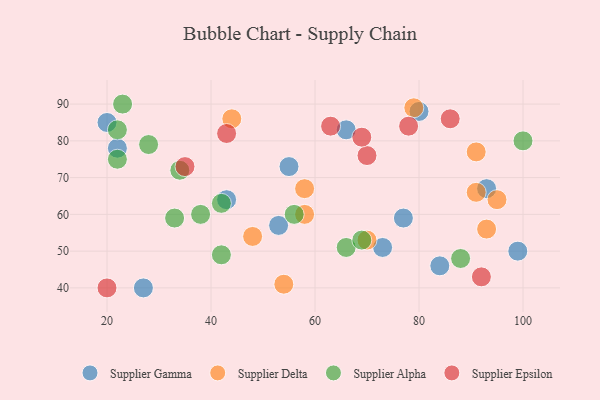
{"axis": {"x": "GDP", "y": "Life Expectancy"}, "legend": ["Supplier Alpha", "Supplier Delta", "Supplier Epsilon", "Supplier Gamma"], "data": [{"x": "27", "y": 40, "type": "Supplier Gamma"}, {"x": "99", "y": 50, "type": "Supplier Gamma"}, {"x": "55", "y": 73, "type": "Supplier Gamma"}, {"x": "84", "y": 46, "type": "Supplier Gamma"}, {"x": "43", "y": 64, "type": "Supplier Gamma"}, {"x": "80", "y": 88, "type": "Supplier Gamma"}, {"x": "93", "y": 67, "type": "Supplier Gamma"}, {"x": "73", "y": 51, "type": "Supplier Gamma"}, {"x": "53", "y": 57, "type": "Supplier Gamma"}, {"x": "22", "y": 78, "type": "Supplier Gamma"}, {"x": "66", "y": 83, "type": "Supplier Gamma"}, {"x": "77", "y": 59, "type": "Supplier Gamma"}, {"x": "20", "y": 85, "type": "Supplier Gamma"}, {"x": "70", "y": 53, "type": "Supplier Delta"}, {"x": "91", "y": 77, "type": "Supplier Delta"}, {"x": "93", "y": 56, "type": "Supplier Delta"}, {"x": "95", "y": 64, "type": "Supplier Delta"}, {"x": "54", "y": 41, "type": "Supplier Delta"}, {"x": "44", "y": 86, "type": "Supplier Delta"}, {"x": "58", "y": 67, "type": "Supplier Delta"}, {"x": "79", "y": 89, "type": "Supplier Delta"}, {"x": "91", "y": 66, "type": "Supplier Delta"}, {"x": "48", "y": 54, "type": "Supplier Delta"}, {"x": "58", "y": 60, "type": "Supplier Delta"}, {"x": "42", "y": 49, "type": "Supplier Alpha"}, {"x": "22", "y": 83, "type": "Supplier Alpha"}, {"x": "66", "y": 51, "type": "Supplier Alpha"}, {"x": "69", "y": 53, "type": "Supplier Alpha"}, {"x": "88", "y": 48, "type": "Supplier Alpha"}, {"x": "100", "y": 80, "type": "Supplier Alpha"}, {"x": "56", "y": 60, "type": "Supplier Alpha"}, {"x": "33", "y": 59, "type": "Supplier Alpha"}, {"x": "28", "y": 79, "type": "Supplier Alpha"}, {"x": "22", "y": 75, "type": "Supplier Alpha"}, {"x": "42", "y": 63, "type": "Supplier Alpha"}, {"x": "23", "y": 90, "type": "Supplier Alpha"}, {"x": "34", "y": 72, "type": "Supplier Alpha"}, {"x": "38", "y": 60, "type": "Supplier Alpha"}, {"x": "70", "y": 76, "type": "Supplier Epsilon"}, {"x": "35", "y": 73, "type": "Supplier Epsilon"}, {"x": "63", "y": 84, "type": "Supplier Epsilon"}, {"x": "86", "y": 86, "type": "Supplier Epsilon"}, {"x": "20", "y": 40, "type": "Supplier Epsilon"}, {"x": "78", "y": 84, "type": "Supplier Epsilon"}, {"x": "69", "y": 81, "type": "Supplier Epsilon"}, {"x": "43", "y": 82, "type": "Supplier Epsilon"}, {"x": "92", "y": 43, "type": "Supplier Epsilon"}]}